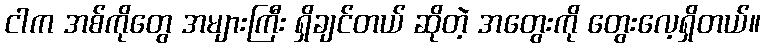
ငါက အစ်ကိုတွေ အများကြီး ရှိချင်တယ် ဆိုတဲ့ အတွေးကို တွေးလေ့ရှိတယ်။